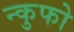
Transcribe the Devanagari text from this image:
न्कुफो